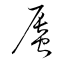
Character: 蜃